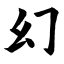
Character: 幻